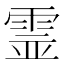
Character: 霊